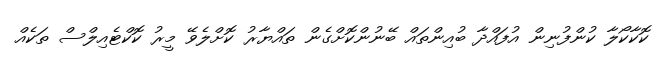
ކޮކާކޯލާ ކުންފުނިން އުފައްދާ ބުއިންތައް ބޭނުންކޮށްގެން ތައްޔާރު ކޮށްލެވޭ މީރު ކޮކްޓެއިލްސް ތަކެއް